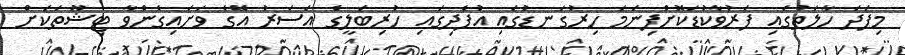
މިފަދަ ހާލަތުގައި ފަރުވާކުޑަކޮށްފިނަމަ ހިރުގަނޑުގައި އުފެދިގައި ހުރިބަލީގެ އަސަރު އޭގެ ވަށައިގެންވާ ޓިޝޫތަކަށް